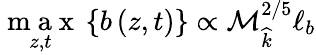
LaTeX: \underset{z,t}{\mathrm{~m~a~x~}}\left\{ b\left(z,t\right)\right\} \propto\mathcal{M}_{\widehat{k}}^{2/5}\ell_{b}